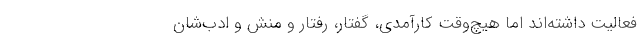
فعالیت داشته‌اند اما هیچ‌وقت کارآمدی، گفتار، رفتار و منش و ادب‌شان